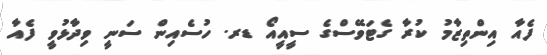
ފެއާ އިންތިޒާމު ކުރާ ގެޓަވޭސްގެ ސީއީއޯ ޑރ. ހުސެއިން ސަނީ ވިދާޅުވީ ފެއާ